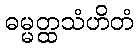
ဓမ္မတ္ထသံဟိတံ